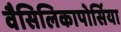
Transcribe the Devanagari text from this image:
वैसिलिकापोर्सिया